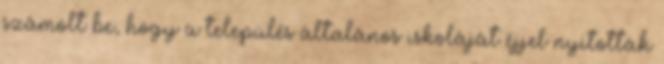
számolt be, hogy a település általános iskoláját éjjel nyitották